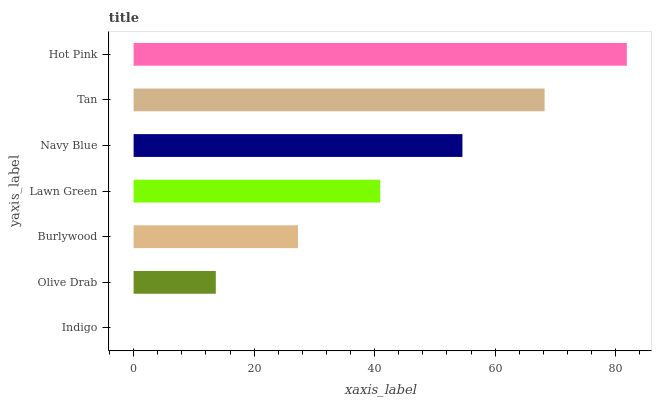
| yaxis_label | bars |
 | --- | --- |
 | Indigo | 0 |
 | Olive Drab | 13.6 |
 | Burlywood | 27.3 |
 | Lawn Green | 40.9 |
 | Navy Blue | 54.6 |
 | Tan | 68.2 |
 | Hot Pink | 81.9 |